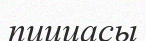
пиццасы